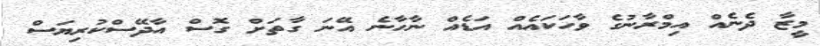
މީޒާ ދެނެއް އިމްރާނުގެ ވާހަކައެއް އަޑެއް ނާހާނެ އޭނަ ގާތަށް ގޮސް އާދޭސްކުރިޔަސް